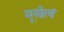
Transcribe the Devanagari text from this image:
मूर्खत्वं